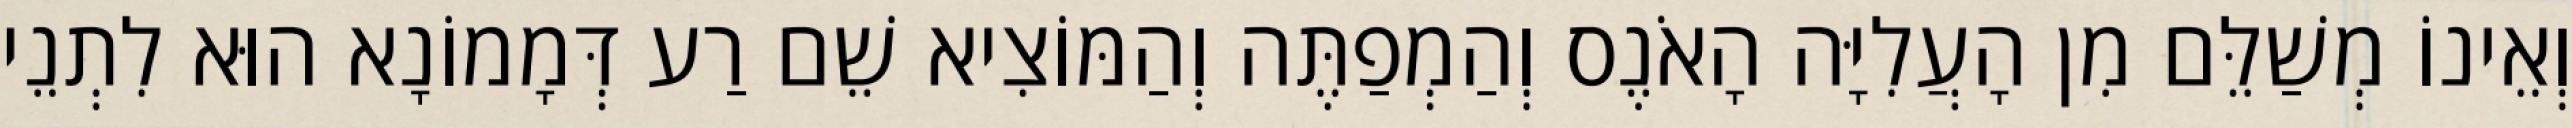
וְאֵינוֹ מְשַׁלֵּם מִן הָעֲלִיָּה הָאֹנֶס וְהַמְפַתֶּה וְהַמּוֹצִיא שֵׁם רַע דְּמָמוֹנָא הוּא לִתְנֵי